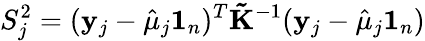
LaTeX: S_{j}^{2}=(\mathbf y_{j}-\hat{\mu}_{j}\mathbf 1_{n})^{T}\mathbf{\tilde{K}}^{-1}(\mathbf y_{j}-\hat{\mu}_{j}\mathbf 1_{n})